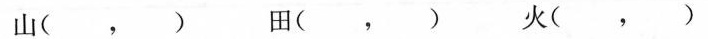
山(，)田(，)火(，)